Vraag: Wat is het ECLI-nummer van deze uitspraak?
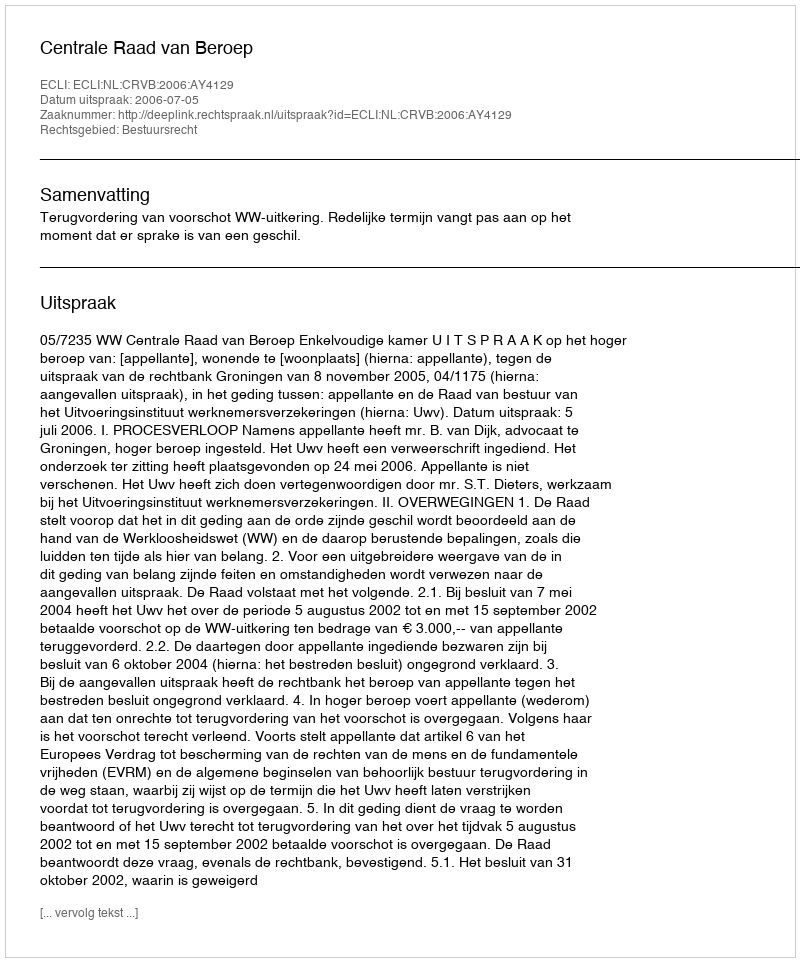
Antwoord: ECLI:NL:CRVB:2006:AY4129